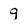
Character: 9